Indian journal of veterinary science and animal husbandry - Volume 10,
Year: 1940
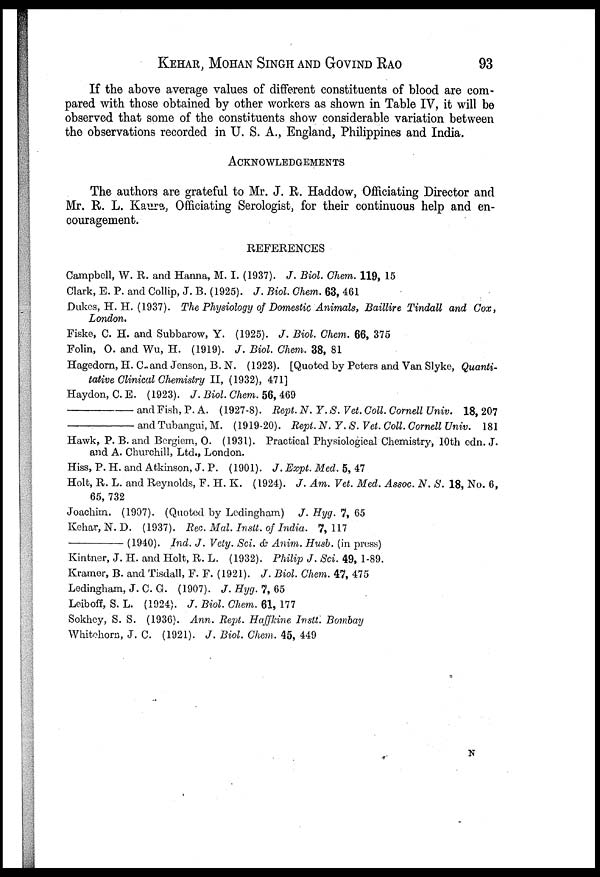
KEHAR, MOHAN SINGH AND GOVIND RAO 93
If the above average values of different constituents of blood are com-
pared with those obtained by other workers as shown in Table IV, it will be
observed that some of the constituents show considerable variation between
the observations recorded in U. S. A., England, Philippines and India.
ACKNOWLEDGEMENTS
The authors are grateful to Mr. J. R. Haddow, Officiating Director and
Mr. R. L. Kaura, Officiating Serologist, for their continuous help and en-
couragement.
REFERENCES
Campbell, W. R. and Hanna, M. I. (1937). J. Biol. Chem. 119, 15
Clark, E. P. and Collip, J. B. (1925). J. Biol. Chem. 63, 461
Dukes, H. H. (1937). The Physiology of Domestic Animals, Baillire Tindall and Cox,
London.
Fiske, C. H. and Subbarow, Y. (1925). J. Biol. Chem. 66, 375
Folin, O. and Wu, H. (1919). J. Biol. Chem. 38, 81
Hagedorn, H. C and Jenson, B. N. (1923). [Quoted by Peters and Van Slyke, Quanti-
tative Clinical Chemistry II, (1932), 471]
Haydon, C.E. (1923). J. Biol. Chem. 56, 469
––––––––––and Fish, P. A. (1927-8). Rept. N. Y. S. Vet. Coll. Cornell Univ. 18, 207
––––––––––and Tubangui, M. (1919-20). Rept. N. Y. S. Vet. Coll. Cornell Univ. 181
Hawk, P. B. and Bergiem, O. (1931). Practical Physiological Chemistry, 10th edn. J.
and A. Churchill, Ltd., London.
Hiss, P. H. and Atkinson, J. P. (1901). J. Expt. Med. 5, 47
Holt, R. L. and Reynolds, F. H. K. (1924). J. Am. Vet. Med. Assoc. N. S. 18, No. 6,
65, 732
Joachim. (1907). (Quoted by Ledingham) J. Hyg. 7, 65
Kehar, N. D. (1937). Rec. Mal. Instt. of India. 7,117
––––––––––(1940). Ind. J. Vety. Sci. & Anim. Husb. (in press)
Kintner, J. H. and Holt, R. L. (1932). Philip J. Sci. 49, 1-89.
Kramer, B. and Tisdall, F. F. (1921). J. Biol. Chem. 47, 475
Ledingham, J. C. G. (1907). J. Hyg. 7, 65
Leiboff, S. L. (1924). J. Biol. Chem. 61, 177
Sokhey, S. S. (1936). Ann. Rept. Haffkine Instt. Bombay
Whitchorn, J. C. (1921). J. Biol. Chem. 45, 449
N